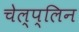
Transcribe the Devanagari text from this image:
चेल्प्लिन